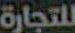
للتجارة